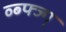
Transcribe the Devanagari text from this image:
व्ब्फ्ज्ग्